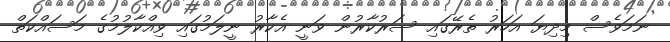
ނަމަވެސް މިދިޔަ އަހަރު ތެރޭގައި ސަރުކާރުން ވަނީ އެކާރު ނީލަމުގައި ވިއްކާލުމުގެ މަސައްކަތް